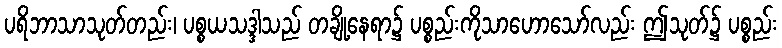
ပရိဘာသာသုတ်တည်း၊ ပစ္စယသဒ္ဒါသည် တချို့နေရာ၌ ပစ္စည်းကိုသာဟောသော်လည်း ဤသုတ်၌ ပစ္စည်း